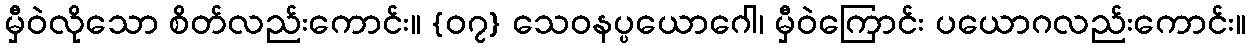
မှီဝဲလိုသော စိတ်လည်းကောင်း။ {၀၇} သေဝနပ္ပယောဂေါ၊ မှီဝဲကြောင်း ပယောဂလည်းကောင်း။